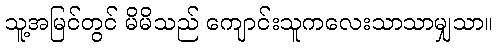
သူ့အမြင်တွင် မိမိသည် ကျောင်းသူကလေးသာသာမျှသာ။